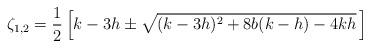
LaTeX: \begin{align*}\zeta_{1,2}=\frac{1}{2}\left[k-3h\pm\sqrt{(k-3h)^{2}+8b(k-h)-4kh}\,\right] \end{align*}